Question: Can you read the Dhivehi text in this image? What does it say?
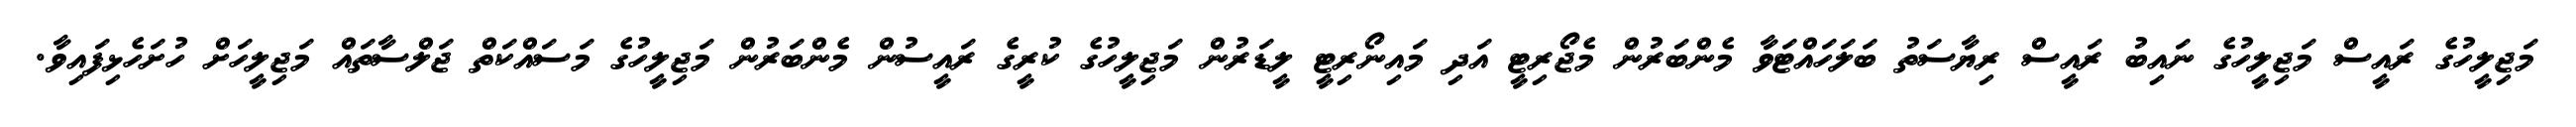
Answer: މަޖިލީހުގެ ރައީސް މަޖިލީހުގެ ނައިބު ރައީސް ރިޔާސަތު ބަލަހައްޓަވާ މެންބަރުން މެޖޯރިޓީ އަދި މައިނޯރިޓީ ލީޑަރުން މަޖިލީހުގެ ކުރީގެ ރައީސުން މެންބަރުން މަޖިލީހުގެ މަސައްކަތް ޖަލްސާތައް މަޖިލީހަށް ހުށަހެޅިފައިވާ.